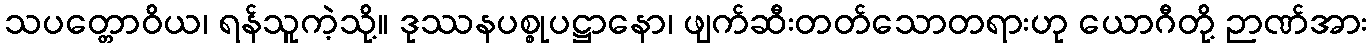
သပတ္တောဝိယ၊ ရန်သူကဲ့သို့။ ဒုဿနပစ္စုပဋ္ဌာနော၊ ဖျက်ဆီးတတ်သောတရားဟု ယောဂီတို့ ဉာဏ်အား